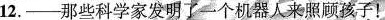
12.--那些科学家发明了一个机器人来照顾孩子!